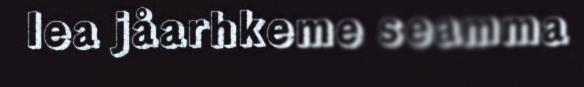
lea jåarhkeme seamma